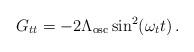
LaTeX: \begin{align*}G_{tt} = - 2\Lambda_\mathrm{osc} \sin^2(\omega_t t)\,.\end{align*}